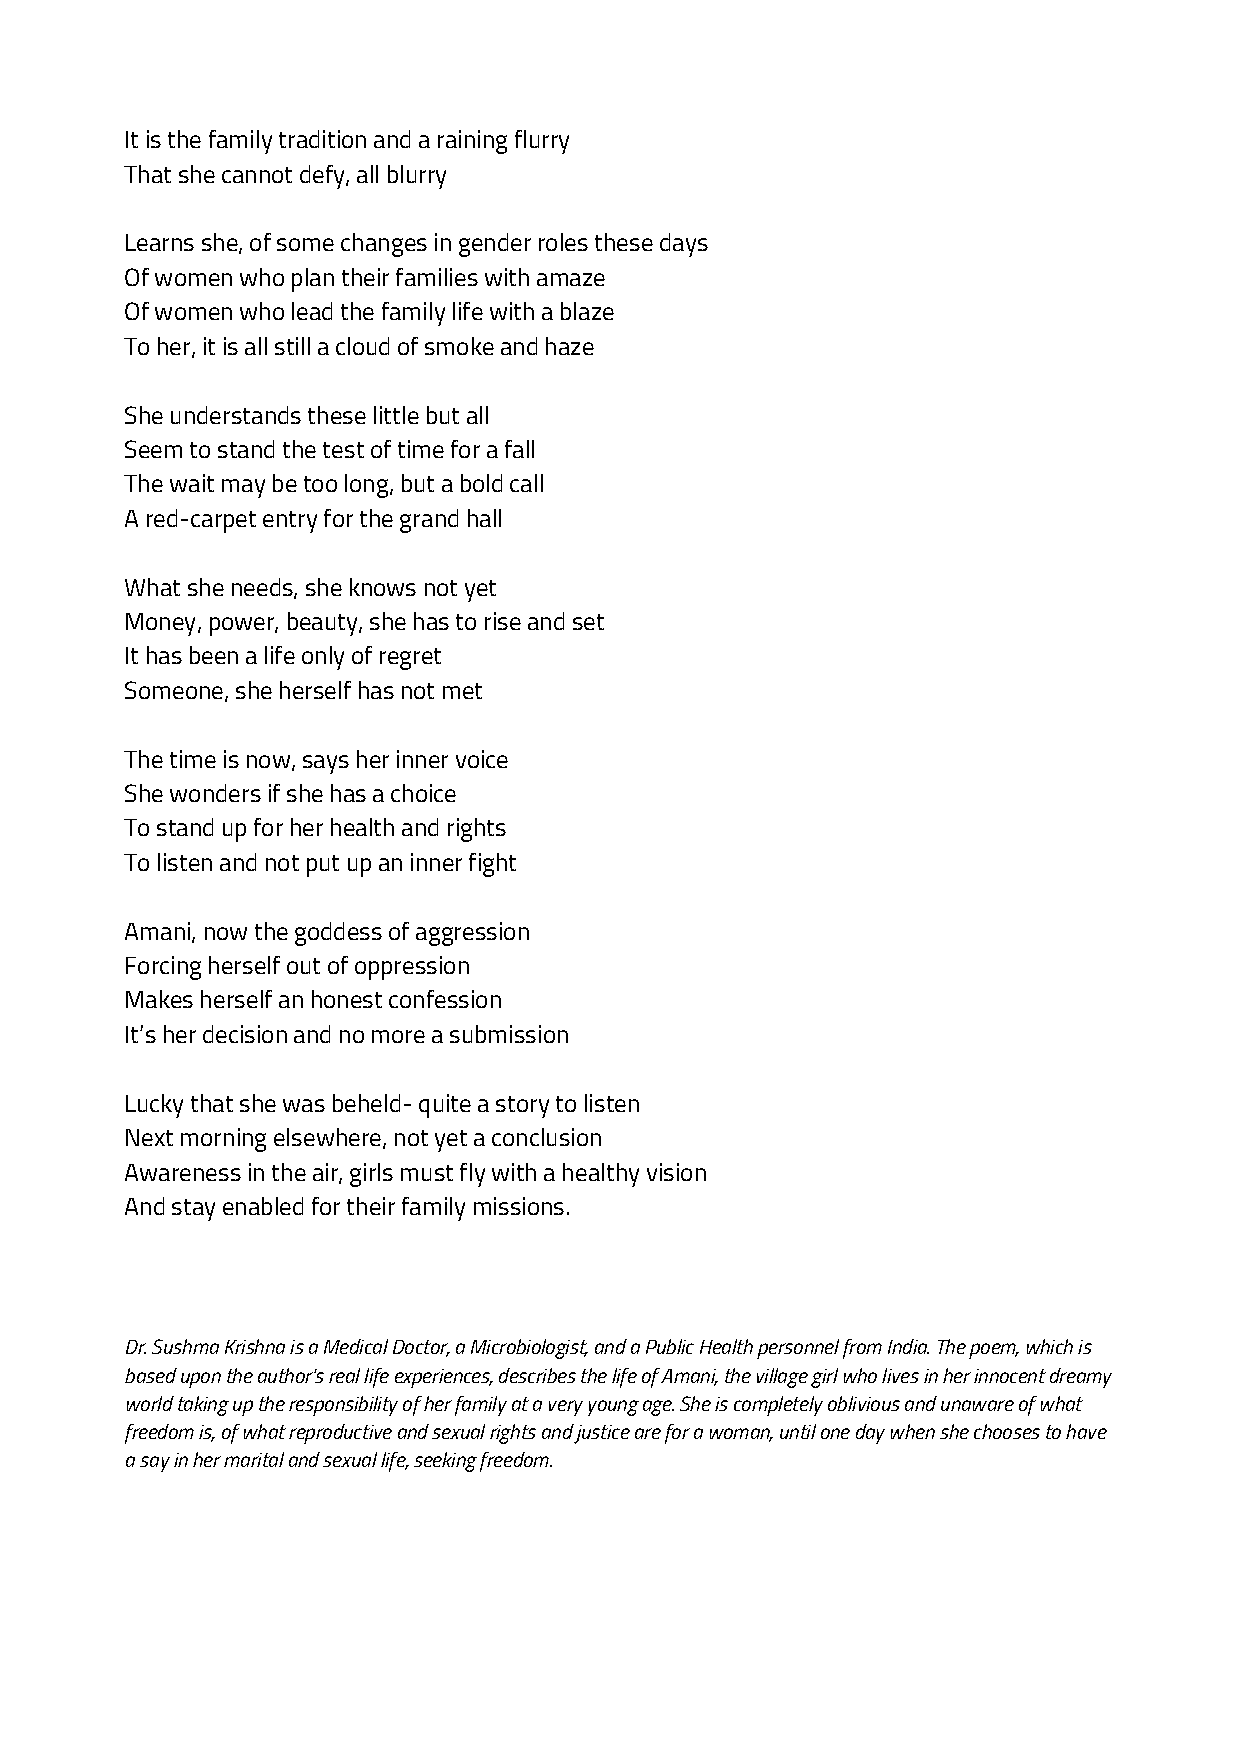
It is the family tradition and a raining flurry
 That she cannot defy, all blurry
 Learns she, of some changes in gender roles these days
 Of women who plan their families with amaze
 Of women who lead the family life with a blaze
 To her, it is all still a cloud of smoke and haze
 She understands these little but all
 Seem to stand the test of time for a fall
 The wait may be too long, but a bold call
 A red-carpet entry for the grand hall
 What she needs, she knows not yet
 Money, power, beauty, she has to rise and set
 It has been a life only of regret
 Someone, she herself has not met
 The time is now, says her inner voice
 She wonders if she has a choice
 To stand up for her health and rights
 To listen and not put up an inner fight
 Amani, now the goddess of aggression
 Forcing herself out of oppression
 Makes herself an honest confession
 It’s her decision and no more a submission
 Lucky that she was beheld- quite a story to listen
 Next morning elsewhere, not yet a conclusion
 Awareness in the air, girls must fly with a healthy vision
 And stay enabled for their family missions.
 Dr. Sushma Krishna is a Medical Doctor, a Microbiologist, and a Public Health personnel from India. The poem, which is
 based upon the author's real life experiences, describes the life of Amani, the village girl who lives in her innocent dreamy
 world taking up the responsibility of her family at a very young age. She is completely oblivious and unaware of what
 freedom is, of what reproductive and sexual rights and justice are for a woman, until one day when she chooses to have
 a say in her marital and sexual life, seeking freedom.